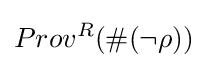
Prov^{R}(\#(\neg \rho ))